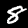
Label: 8